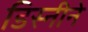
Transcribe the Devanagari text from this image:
डिस्नीने